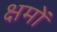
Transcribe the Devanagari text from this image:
क्षमों